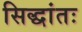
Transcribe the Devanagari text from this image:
सिद्धांतः